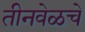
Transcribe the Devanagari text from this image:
तीनवेळचे